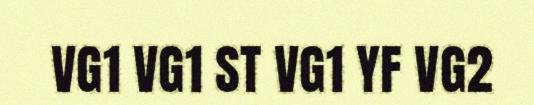
VG1 VG1 ST VG1 YF VG2